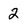
Character: 2